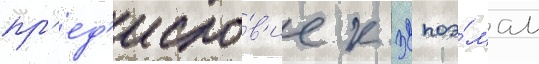
пр'ед'исло́в'ие к 32 поэ́мам